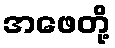
အဖေတို့